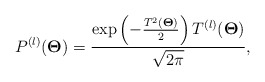
\begin{align*}\begin{aligned}P^{(l)}(\bold{\Theta})&=\frac{\exp\left(-\frac{ T^2(\bold{\Theta})}{2} \right)T^{(l)}(\bold{\Theta})}{\sqrt{2\pi}},\end{aligned}\end{align*}